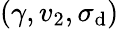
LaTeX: (\gamma,v_{2},\sigma_{\mathrm{{d}}})